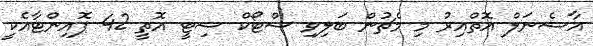
އާސެނަލް އޮތްއިރު މި މެޗުން ބަލިވި ސްޓޯކް ސިޓީ އޮތީ 42 ޕޮއިންޓާއެކީ